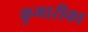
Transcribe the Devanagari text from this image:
कुमारीका